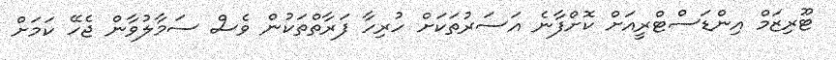
ޓޫރިޒަމް އިންޑަސްޓްރީއަށް ކޮށްފާނެ އަސަރުތަކަށް ހުރިހާ ފަރާތްތަކުން ވެސް ސަމާލުވާން ޖެހޭ ކަމަށް